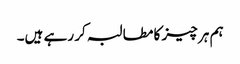
ہم ہر چیز کا مطالبہ کر رہے ہیں۔